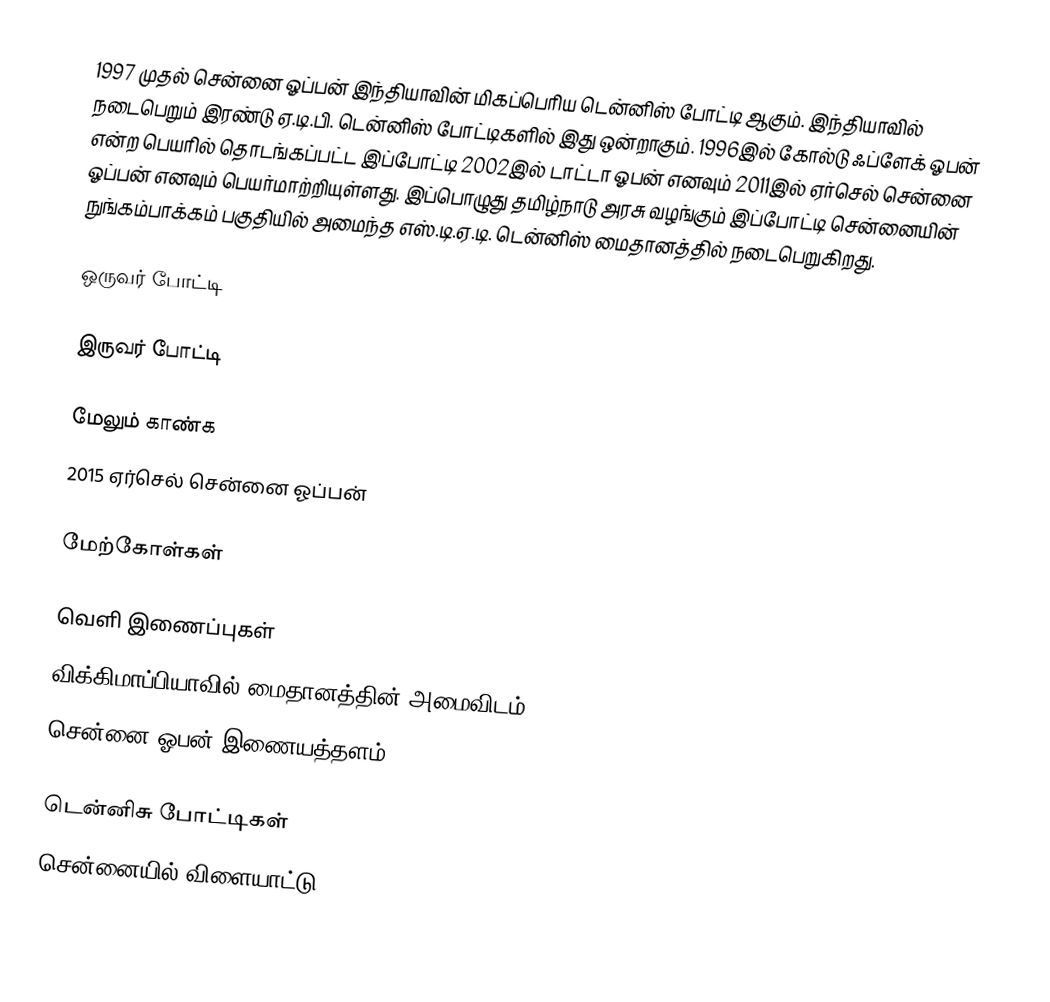
1997 முதல் சென்னை ஓப்பன் இந்தியாவின் மிகப்பெரிய டென்னிஸ் போட்டி ஆகும். இந்தியாவில் நடைபெறும் இரண்டு ஏ.டி.பி. டென்னிஸ் போட்டிகளில் இது ஒன்றாகும். 1996இல் கோல்டு ஃப்ளேக் ஓபன் என்ற பெயரில் தொடங்கப்பட்ட இப்போட்டி 2002இல் டாட்டா ஓபன் எனவும் 2011இல் ஏர்செல் சென்னை ஓப்பன் எனவும்  பெயர்மாற்றியுள்ளது. இப்பொழுது தமிழ்நாடு அரசு வழங்கும் இப்போட்டி சென்னையின் நுங்கம்பாக்கம் பகுதியில் அமைந்த எஸ்.டி.ஏ.டி. டென்னிஸ் மைதானத்தில் நடைபெறுகிறது.

ஒருவர் போட்டி

இருவர் போட்டி

மேலும் காண்க
 2015 ஏர்செல் சென்னை ஓப்பன்

மேற்கோள்கள்

வெளி இணைப்புகள்
  விக்கிமாப்பியாவில் மைதானத்தின் அமைவிடம்
 சென்னை ஓபன் இணையத்தளம்

டென்னிசு போட்டிகள்
சென்னையில் விளையாட்டு